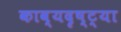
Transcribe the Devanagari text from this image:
काव्यदृष्ट्या